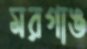
মরগাঙ